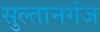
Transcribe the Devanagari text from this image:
सुल्‍तानगंज